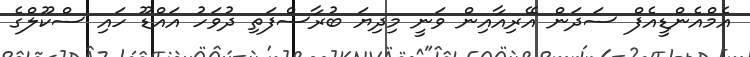
އެމްއެންޑީއެފް ސަދަން އޭރިއާއިން ވަނީ މިދިޔަ ބުރާސްފަތި ދުވަހު އައްޑޫ ހައި ސްކޫލްގެ